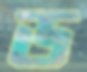
ড